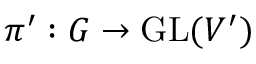
\pi ^ { \prime } : G \to { \mathrm { G L } } ( V ^ { \prime } )